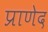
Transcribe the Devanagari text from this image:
प्राणेद